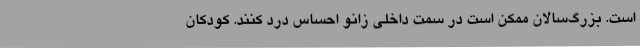
است. بزرگ‌سالان ممکن است در سمت داخلی زانو احساس درد کنند. کودکان